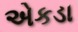
એકડા